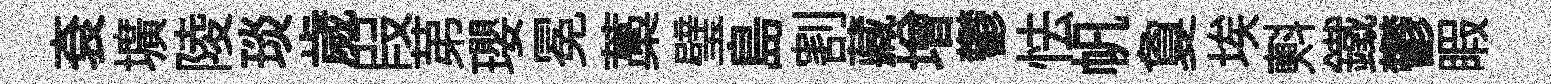
袞壙陵琰歲叚苐瓔冕藁璧島割藏增鬱怯帆夐埃㪺鐵鬱睱